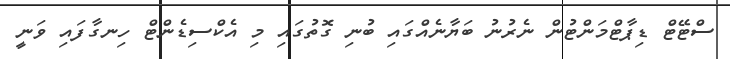
ސްޓޭޓް ޑިޕާޓްމަންޓުން ނެރުނު ބަޔާނެއްގައި ބުނި ގޮތުގައި މި އެކްސިޑެންޓް ހިނގާފައި ވަނީ